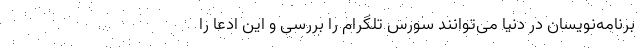
برنامه‌نویسان در دنیا می‌توانند سورس تلگرام را بررسی و این ادعا را